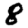
Digit: 8